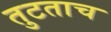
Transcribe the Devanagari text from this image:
तुटताच